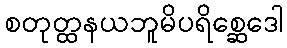
စတုတ္ထနယဘူမိပရိစ္ဆေဒေါ